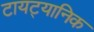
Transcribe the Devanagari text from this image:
टायट्यानिक